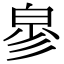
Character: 㣎